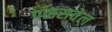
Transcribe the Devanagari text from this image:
पळसवेल